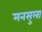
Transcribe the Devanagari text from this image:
मनसुला